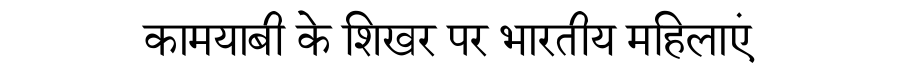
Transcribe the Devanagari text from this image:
कामयाबी के शिखर पर भारतीय महिलाएं